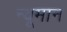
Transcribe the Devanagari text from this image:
न्यूमान